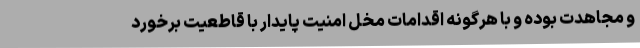
و مجاهدت بوده و با هرگونه اقدامات مخل امنیت پایدار با قاطعیت برخورد